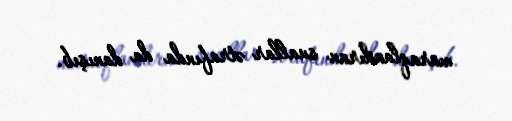
maraqlandıran suallar ətrafında da danışıb.